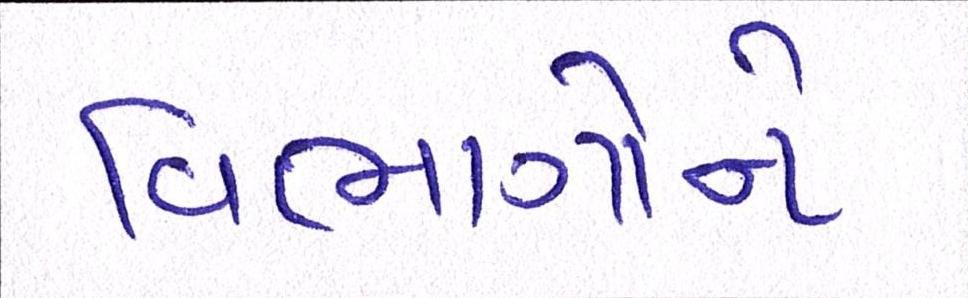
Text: વિભાગોને